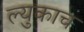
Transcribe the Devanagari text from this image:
ल्युकाच